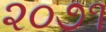
૨૦૭૧